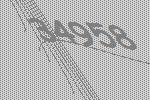
34958